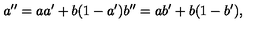
a ^ { \prime \prime } = a a ^ { \prime } + b ( 1 - a ^ { \prime } ) b ^ { \prime \prime } = a b ^ { \prime } + b ( 1 - b ^ { \prime } ) ,